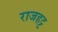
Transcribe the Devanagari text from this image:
राजहट्ट